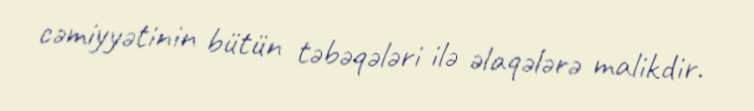
cəmiyyətinin bütün təbəqələri ilə əlaqələrə malikdir.